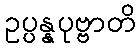
ဥပ္ပန္နပုဗ္ဗာတိ